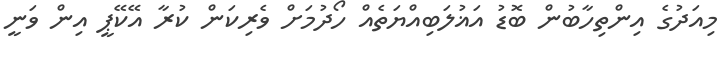
މިއަދުގެ އިންތިހާބުން ބޮޑު އަޣުލަބިއްޔަތެއް ހޯދުމަށް ވެރިކަން ކުރާ އޭކޭޕީ އިން ވަނީ